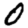
Digit: 0